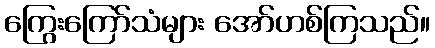
ကြွေးကြော်သံများ အော်ဟစ်ကြသည်။